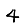
Digit: 4